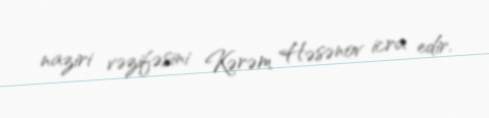
naziri vəzifəsini Kərəm Həsənov icra edir.